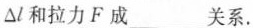
△l和拉力F成___关系。